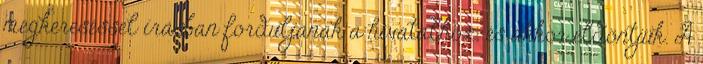
megkereséssel írásban forduljanak a hivatalhoz, és akkor eldöntjük. A